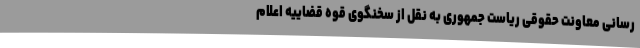
رسانی معاونت حقوقی ریاست جمهوری به نقل از سخنگوی قوه قضاییه اعلام